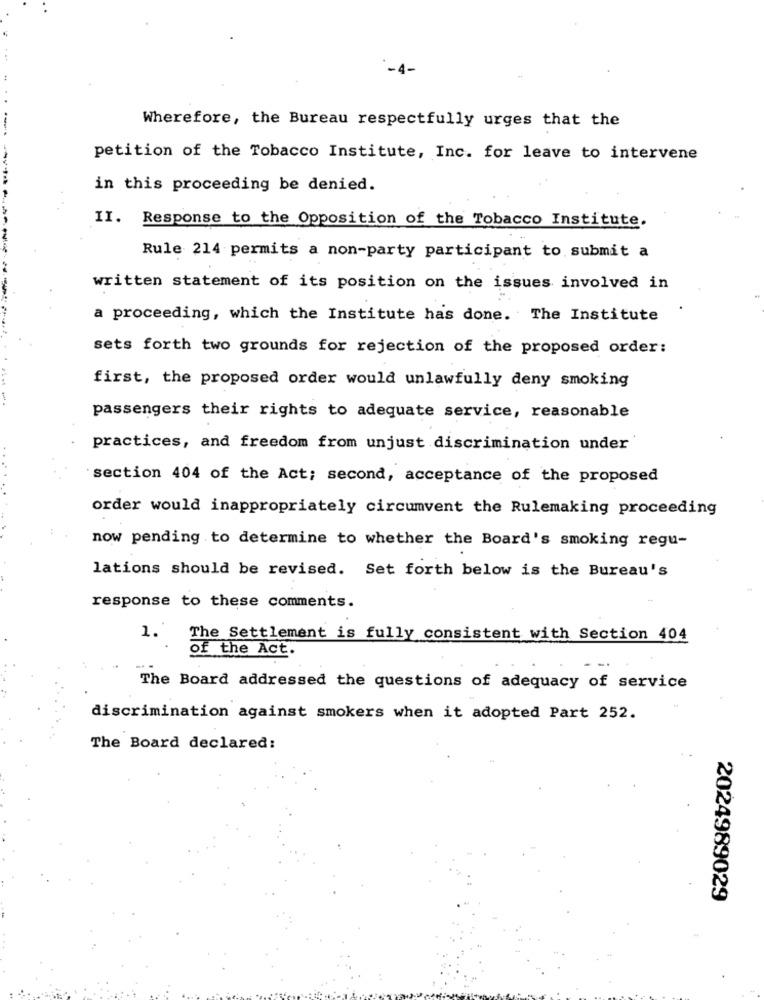
Wherefore, the Bureau respectfully urges that the
petition of the Tobacco Institute, Inc. for leave to intervene
in this proceeding be denied.
II. Response to the Opposition of the Tobacco Institute.
----
Rule 214 permits a non-party participant to submit a
written statement of its position on the issues involved in
a proceeding, which the Institute has done. The Institute
sets forth two grounds for rejection of the proposed order:
first, the proposed order would unlawfully deny smoking
passengers their rights to adequate service, reasonable
practices, and freedom from unjust discrimination under
section 404 of the Act; second, acceptance of the proposed
order would inappropriately circumvent the Rulemaking proceeding
now pending to determine to whether the Board's smoking regu-
lations should be revised. Set forth below is the Bureau's
response to these comments.
1.
The Settlement is fully consistent with Section 404
of the Act.
The Board addressed the questions of adequacy of service
discrimination against smokers when it adopted Part 252.
The Board declared:
2024989029